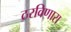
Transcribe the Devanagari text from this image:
ठरविणारा